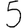
Digit: 5